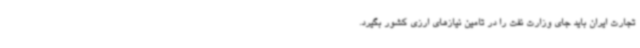
تجارت ایران باید جای وزارت نفت را در تامین نیازهای ارزی کشور بگیرد.